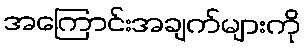
အကြောင်းအချက်များကို